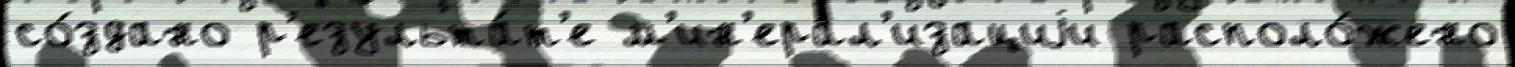
со́здано р'езульта́т'е м'ин'ерал'изациjи располо́жено